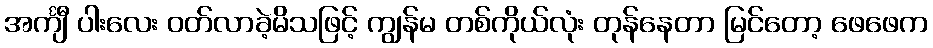
အင်္ကျီ ပါးလေး ဝတ်လာခဲ့မိသဖြင့် ကျွန်မ တစ်ကိုယ်လုံး တုန်နေတာ မြင်တော့ ဖေဖေက